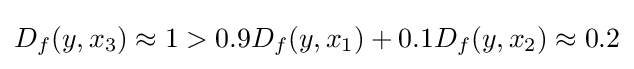
D_{f}(y,x_{3})\approx 1>0.9D_{f}(y,x_{1})+0.1D_{f}(y,x_{2})\approx 0.2